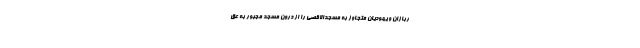
ربازان و یهودیان متجاوز به مسجدالاقصی را از درون مسجد مجبور به عق